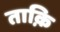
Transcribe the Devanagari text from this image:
ताक़ि